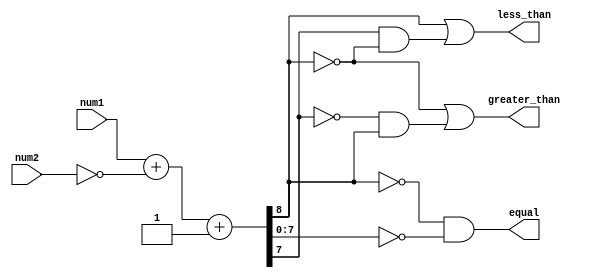
module unsigned_comparator(
    input [7:0] num1,
    input [7:0] num2,
    output equal,
    output less_than,
    output greater_than
);

// Adder/subtractor unit
wire [8:0] diff;
assign diff = num1 + ~num2 + 1;

// 3-bit comparator
assign equal = (diff[8] == 0) && (diff[7:0] == 0);
assign less_than = diff[8] || (diff[7] && !diff[8]);
assign greater_than = !diff[8] || (!diff[7] && diff[8]);

endmodule